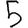
Digit: 5